画像に写った文字を読んでください
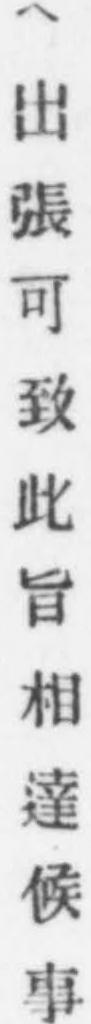
「ヘ出張可致此旨相達候事」と書いてあります